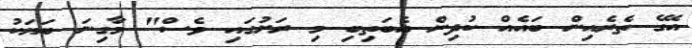
އޭގެ ތެރެއިން ބައެއް ކުދިން އެބަތިބި މި ރަށުގައި ވެސް" މާގިނަ ބަޔަކު